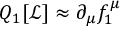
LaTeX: Q _ { 1 } [ { \mathcal { L } } ] \approx \partial _ { \mu } f _ { 1 } ^ { \mu }